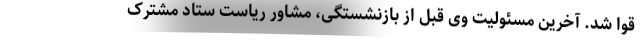
قوا شد. آخرین مسئولیت وی قبل از بازنشستگی، مشاور ریاست ستاد مشترک